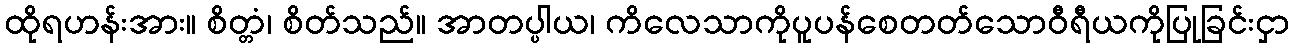
ထိုရဟန်းအား။ စိတ္တံ၊ စိတ်သည်။ အာတပ္ပါယ၊ ကိလေသာကိုပူပန်စေတတ်သောဝီရီယကိုပြုခြင်းငှာ